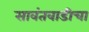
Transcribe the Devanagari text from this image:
सावंतवाडीचा